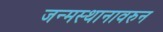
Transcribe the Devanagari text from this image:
जन्मस्थानावरुन